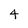
Character: 4